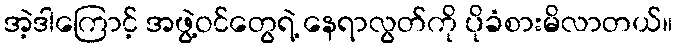
အဲ့ဒါကြောင့် အဖွဲ့ဝင်တွေရဲ့ နေရာလွတ်ကို ပိုခံစားမိလာတယ်။